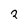
Character: 2